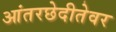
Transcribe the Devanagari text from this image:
आंतरछेदीतेवर